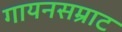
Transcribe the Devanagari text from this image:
गायनसम्राट